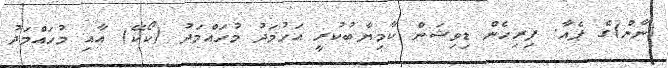
(ނާން)ގެ ޕެއާ. ފިރިހެން ޑިވިޝަން ކާމިޔާބުކުރީ އަހުމަދު މުހައްމަދު (ކޯކޭ) އާއި މުހައްމަދު